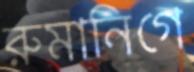
রুমানিগে